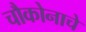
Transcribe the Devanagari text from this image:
चौकोनाचे